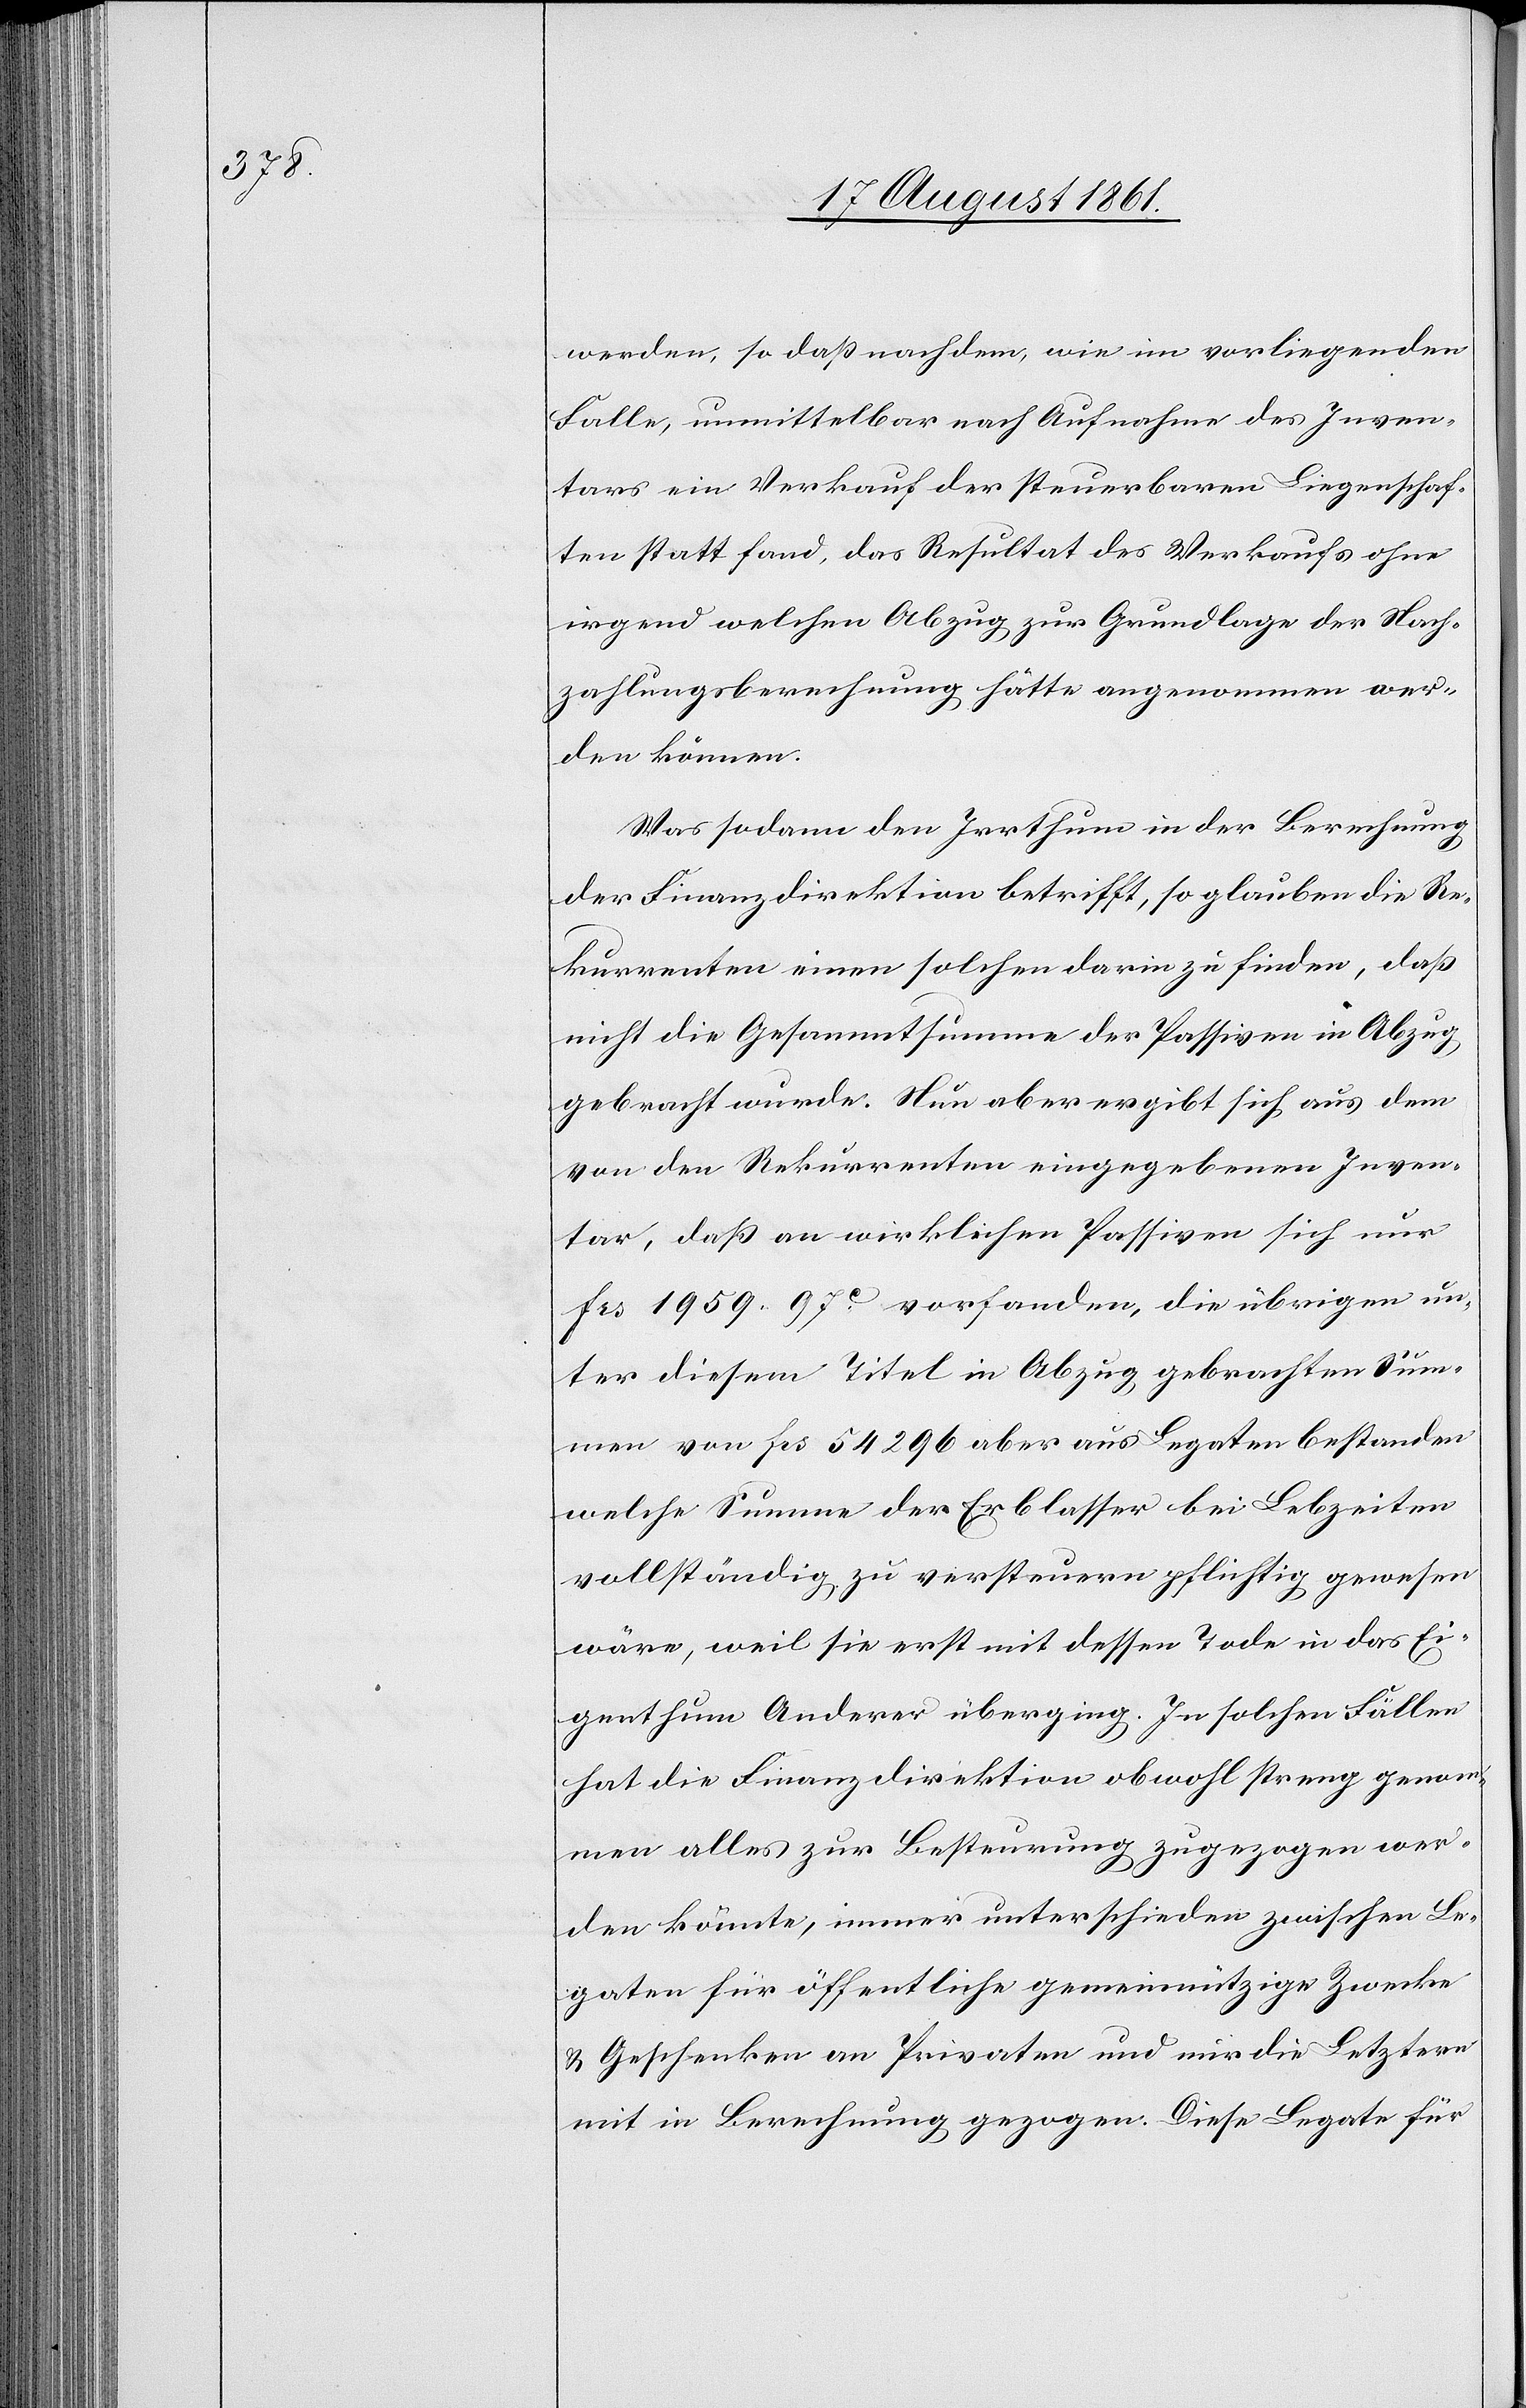
werden, so daß nachdem, wie im vorliegenden
Falle, unmittelbar nach Aufnahme des Inven¬
tars ein Verkauf der steuerbaren Liegenschaf¬
ten stattfand, das Resultat des Verkaufes ohne
irgend welchen Abzug zur Grundlage der Nach¬
zahlungsberechnung hätte angenommen wer¬
den können.
Was sodann den Irrthum in der Berechnung
der Finanzdirektion betrifft, so glauben die Re¬
kurrenten einen solchen darin zu finden, daß
nicht die Gesammtsumme der Passiven in Abzug,
gebracht wurde. Nun aber ergibt sich aus dem
von den Rekurrenten eingegebenen Inven¬
tar, daß an wirklichen Passiven sich nur
frs 1959.97c vorfanden, die übrigen un¬
ter diesem Titel in Abzug gebrachten Sum¬
men von frs 54296 aber aus Legaten bestanden
welche Summe der Erblasser bei Lebzeiten
vollständig zu versteuern pflichtig gewesen
wäre, weil sie erst mit dessen Tode in das Ei¬
genthum Anderer überging. In solchen Fällen
hat die Finanzdirektion obwohl streng genom¬
men alles zur Besteurung zugezogen wer¬
den könnte, immer unterschieden zwischen Le¬
gaten für öffentliche gemeinnützige Zwecke
u. Geschenken an Privaten und nur die Letztern
mit in Berechnung gezogen. Diese Legate für